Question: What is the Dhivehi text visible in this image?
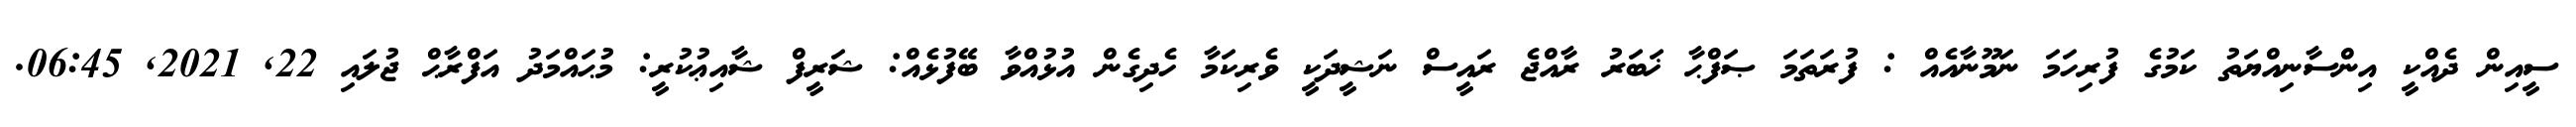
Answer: ސީއިން ދެއްކީ އިންސާނިއްޔަތު ކަމުގެ ފުރިހަމަ ނަމޫނާއެއް : ފުރަތަމަ ޞަފްޙާ ޚަބަރު ރާއްޖެ ރައީސް ނަޝީދަކީ ވެރިކަމާ ހެދިގެން އުޅުއްވާ ބޭފުޅެއް: ޝަރީފް ޝާއިޢުކުރީ: މުޙައްމަދު އަފްރާޙް ޖުލައި 22, 2021, 06:45.